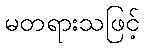
မတရားသဖြင့်